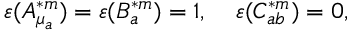
\varepsilon ( A _ { \mu _ { a } } ^ { \ast m } ) = \varepsilon ( B _ { a } ^ { \ast m } ) = 1 , \; \; \; \; \varepsilon ( C _ { a b } ^ { \ast m } ) = 0 ,